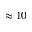
\approx 1 0